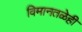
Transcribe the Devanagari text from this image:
विमानतळेही